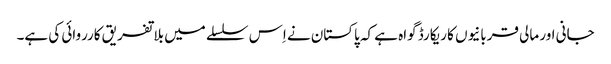
جانی اور مالی قربانیوں کا ریکارڈ گواہ ہے کہ پاکستان نے اِس سلسلے میں بلاتفریق کارروائی کی ہے۔